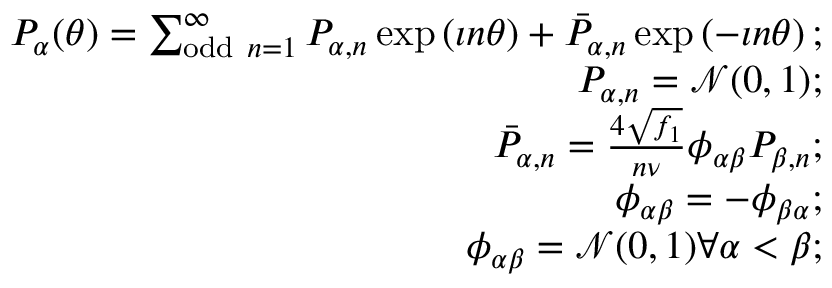
\begin{array} { r l r } & { } & { P _ { \alpha } ( \theta ) = \sum _ { \mathrm { o d d ~ } n = 1 } ^ { \infty } P _ { \alpha , n } \exp \left( \imath n \theta \right) + \bar { P } _ { \alpha , n } \exp \left( - \imath n \theta \right) ; } \\ & { } & { P _ { \alpha , n } = \mathcal N ( 0 , 1 ) ; } \\ & { } & { \bar { P } _ { \alpha , n } = \frac { 4 \sqrt { f _ { 1 } } } { n \nu } \phi _ { \alpha \beta } P _ { \beta , n } ; } \\ & { } & { \phi _ { \alpha \beta } = - \phi _ { \beta \alpha } ; } \\ & { } & { \phi _ { \alpha \beta } = \mathcal N ( 0 , 1 ) \forall \alpha < \beta ; } \end{array}